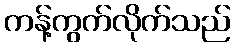
ကန့်ကွက်လိုက်သည်